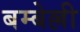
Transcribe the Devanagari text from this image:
बम्बेल्ली